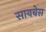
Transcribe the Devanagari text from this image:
सायबेस